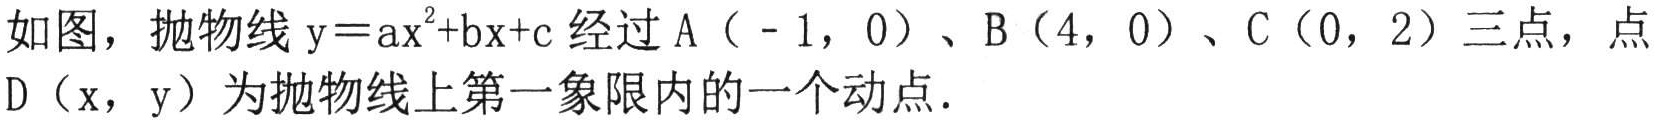
如图，抛物线\(y = ax^{2}+bx + c\)经过\(A（ - 1,0）\)、\(B（4,0）\)、\(C（0,2）\)三点，点\(D（x,y）\)为抛物线上第一象限内的一个动点.